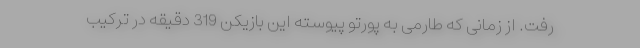
رفت. از زمانی که طارمی به پورتو پیوسته این بازیکن 319 دقیقه در ترکیب